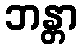
ဘန္တာ